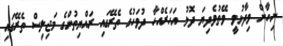
ނިހާން ވިދާޅުވީ ވޭތުވެދިޔަ ދޮޅު އަހަރެއްހާ ދުވަހުގެ ތެރޭގައި ރައްޔިތުންގެ މަޖިލިސް ތެރޭގައި